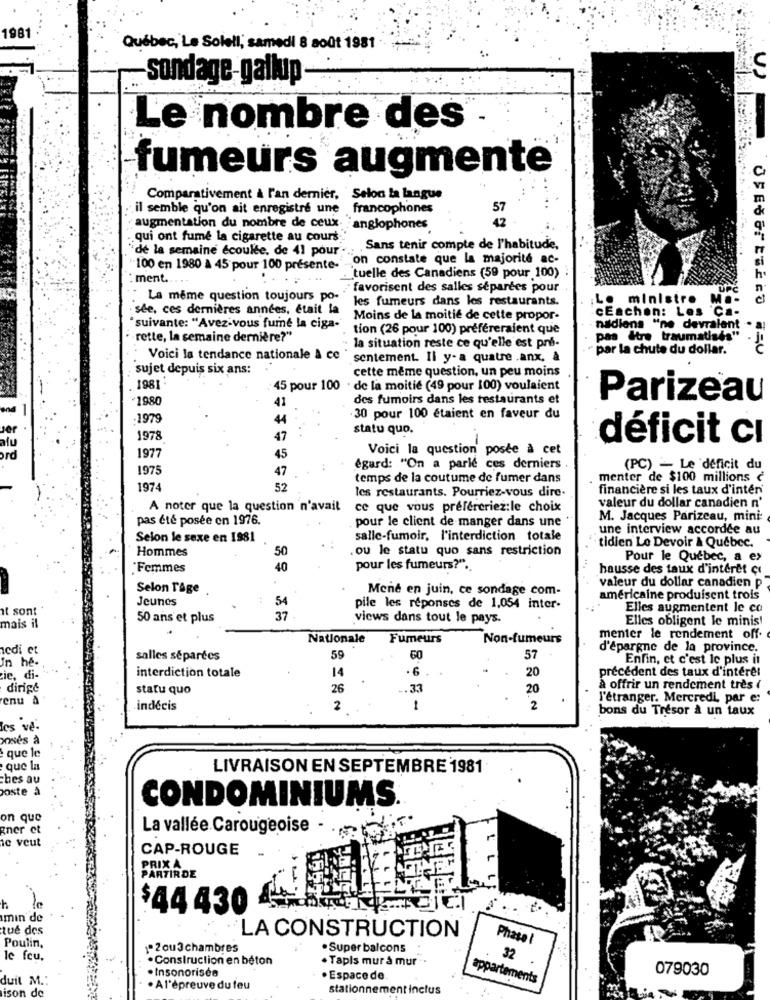
1981
Québec, Le Soleil, samedi 8 août 1981 ·
sondage-gallup-
Le nombre des
fumeurs augmente
Comparativement à l'an dernier, Selon la langue
il semble qu'on ait enregistré une francophones
57
augmentation du nombre de ceux. anglophones
42
qui ont fume la cigarette au cours.
'de la semaine écoulée, de 41 pour'. . . Sans tenir compte de l'habitude,
on constate que la majorité ac-
100 en 1980 à 45 pour 100 présente-
ment ...
`tuelle des Canadiens (59 pour 100)
favorisent des salles séparées pour
UPC
La meme question toujours po-
les fumeurs dans les restaurants.
Le ministre Ma-
sée, ces dernières années, était la
cEachen: Les Ca-
Moins de la moitié de cette propor-
"suivante: "Avez-vous fumé la ciga-"
tion (26 pour 100) préféreraient que
nadiens "ne devraient .
·rette, la semaine dernière?"
pas être traumatisés"
la situation reste ce qu'elle est pré-
par la chute du dollar.
Voici la tendance nationale & ce
sentement. Il y-a quatre .anx, à
sujet depuis six ans:
cette même question, un peu moins
1981
45 pour 100
de la moitié (49 pour 100) voulaient
-1980
41
des fumoirs dans les restaurants et
Parizeau
.1979
44
30 pour 100 étaient en faveur du
statu quo.
1978
47
déficit cı
Voici la question posée à cet
1977
45
1975
47
égard: "On a parlé ces derniers
(PC) - Le deficit du
temps de la coutume de fumer dans
menter de $100 millions ¿
1974
52
les restaurants. Pourriez-vous dire-
financière si les taux d'inter
A noter que la question n'avait
ce que vous préféreriez:le choix
valeur du dollar canadien n'
pas été posée en 1976.
pour le client de manger dans une
M. Jacques Parizeau, mini:
une interview accordée au
Selon le sexe en 1981
salle-fumoir, l'interdiction totale
Hommes
50
ou le statu quo sans restriction
· tidien Le Devoir & Quebec.
Pour le Quebec, a ex
Femmes
40
pour les fumeurs?".
hausse des taux d'interet ç
valeur du dollar canadien p
Selon Page
Mene en juin, ce sondage com-
Jeunes
américaine produisent trois
at sont
54
pile les réponses de 1,054 inter-
Elles augmentent le co
50 ans et plus
37
views dans tout le pays.
Elles obligent le minis!
mais il
Nationale
Fumeurs
Non-fumeurs
menter le rendement off.
sedi et
d'épargne de la province.
salles séparées
59
60
57
Enfin, et c'est le plus it
In he-
interdiction totale
14
20
ie, di-
précédent des taux d'intérêt
dirige
statu quo
26
.. 33
20
a offrir un rendement tres (
enu a
l'étranger. Mercredi, par e:
indécis
2
1
2
bons du Trésor a un taux
les 've-
oses à
que le
que la
LIVRAISON EN SEPTEMBRE 1981
ches au
poste à
CONDOMINIUMS.
on que
gner et
La vallée Carougeoise
ne veut
CAP-ROUGE
PRIX A
LL
PARTIRDE
$44430
min de
tue des
LA CONSTRUCTION
Poulin,
Phasa l
-2ou3 chambres
. Super balcons
le feu,
. Construction en béton
. Tapls mura mur
32
. Insonorisée
079030
duil M .:
· Espace de
appartements
ison de
· Al'épreuve du feu
stationnement inclus